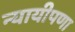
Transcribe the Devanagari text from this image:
न्यायीपणा